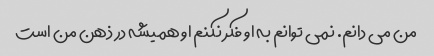
من می دانم. نمی توانم به او فکر نکنم او همیشه در ذهن من است